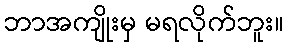
ဘာအကျိုးမှ မရလိုက်ဘူး။